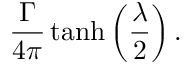
{ \frac { \Gamma } { 4 \pi } } \operatorname { t a n h } \left( { \frac { \lambda } { 2 } } \right) .